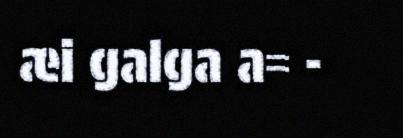
æi galga a= -